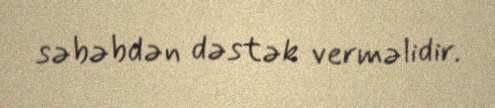
səbəbdən dəstək verməlidir.